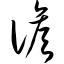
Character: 谚